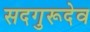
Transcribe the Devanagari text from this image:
सदगुरूदेव